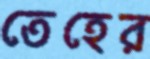
তেহের